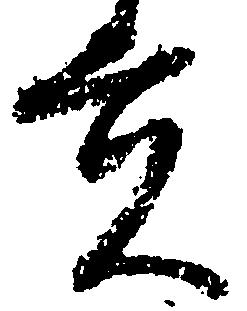
貢